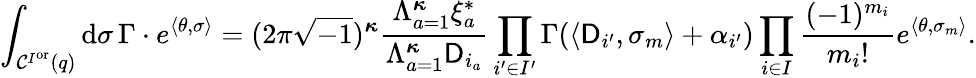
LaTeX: \int_{\mathcal{C}^{I^{\mathrm{or}}}(q)}\mathrm{d}\sigma\, \Gamma\cdot e^{\langle\theta,\sigma\rangle}=(2\pi\sqrt{-1})^{{\boldsymbol{\kappa}}}\frac{\Lambda_{a=1}^{{\boldsymbol{\kappa}}}\xi_{a}^{*}}{\Lambda_{a=1}^{{\boldsymbol{\kappa}}}\mathsf{D}_{i_{a}}}\prod_{i^{\prime}\in I^{\prime}}\Gamma(\langle\mathsf{D}_{i^{\prime}},\sigma_{m}\rangle+\alpha_{i^{\prime}})\prod_{i\in I}\frac{(-1)^{m_{i}}}{m_{i}!}e^{\langle\theta,\sigma_{m}\rangle}.